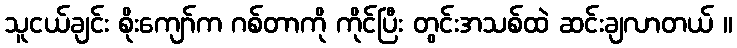
သူငယ်ချင်း စိုးကျော်က ဂစ်တာကို ကိုင်ပြီး တွင်းအသစ်ထဲ ဆင်းချလာတယ် ။